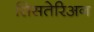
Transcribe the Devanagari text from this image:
सिसतेरिअन